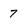
Character: 7